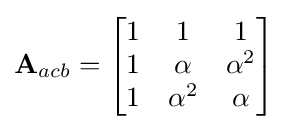
{\textbf {A}}_{acb}={\begin{bmatrix}1&1&1\\1&\alpha &\alpha ^{2}\\1&\alpha ^{2}&\alpha \end{bmatrix}}